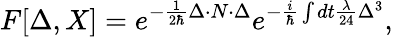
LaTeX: F[\Delta,X]=e^{-\frac{1}{2\hbar}\Delta\cdot N\cdot\Delta}e^{-\frac{i}{\hbar}\int dt{\frac{\lambda}{24}}\Delta^{3}}\mathrm{,}